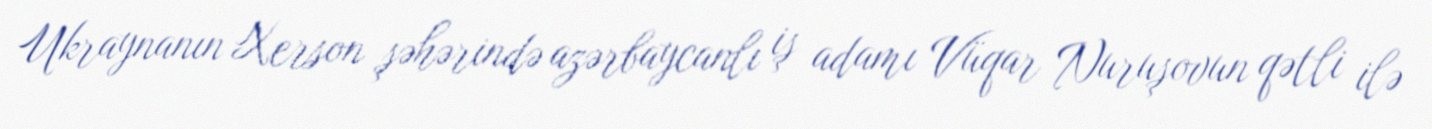
Ukraynanın Xerson şəhərində azərbaycanlı iş adamı Vüqar Nuruşovun qətli ilə